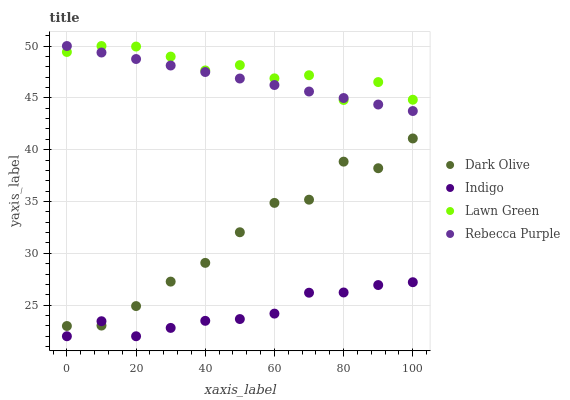
| xaxis_label | Dark Olive | Indigo | Lawn Green | Rebecca Purple |
 | --- | --- | --- | --- | --- |
 | 0 | 23 | 22 | 49.4 | 50 |
 | 10 | 23 | 23.5 | 50 | 49.4 |
 | 20 | 24.9 | 22 | 49.9 | 48.7 |
 | 30 | 27.3 | 22.8 | 49 | 48.1 |
 | 40 | 29.1 | 23.5 | 47.6 | 47.5 |
 | 50 | 32 | 23.7 | 48.2 | 46.9 |
 | 60 | 34.9 | 24.2 | 46.9 | 46.2 |
 | 70 | 35.2 | 26.2 | 47.2 | 45.6 |
 | 80 | 38.8 | 26.2 | 44.8 | 45 |
 | 90 | 38.2 | 26.9 | 46.5 | 44.4 |
 | 100 | 41.1 | 27.2 | 44.8 | 43.7 |